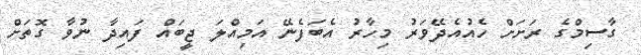
ގާސިމްގެ ރަށަށް ހެއުއެދޭވަރު މިހާރު އެބަފެނޭ އަމިއްލަ ޖީބައް ފައިދާ ނުވާ ގޮތަށް